Vaccination in Burma 1900-1911 - 1900-1911
Year: 1900
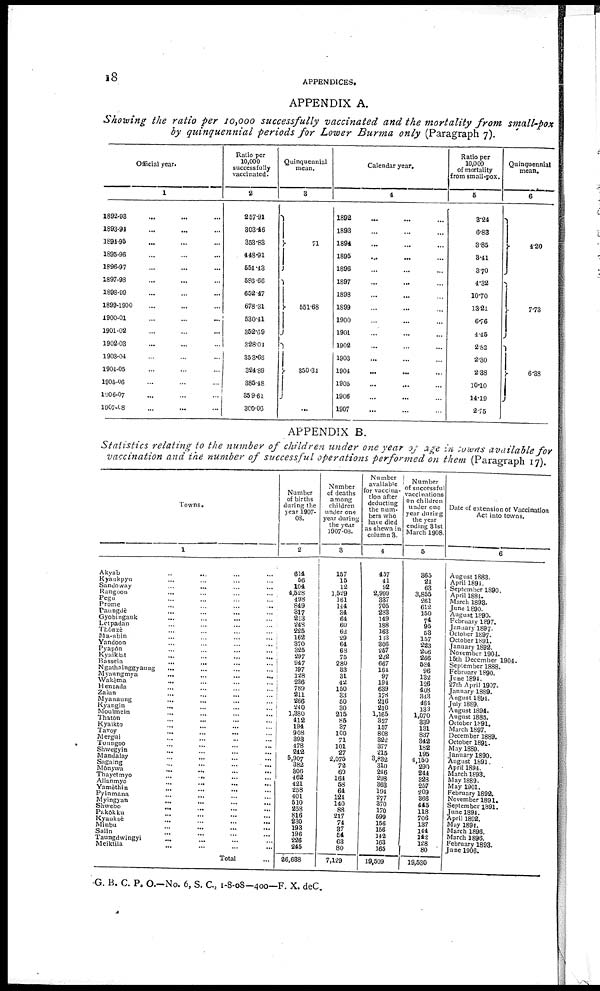
18
APPENDICES.
APPENDIX A.
Showing the ratio per 10,000 successfully vaccinated and the mortality from small-pox
by quinquennial periods for Lower Burma only (Paragraph 7).
Official year.
1
1892-08 ... ... ...
1893-91 ... ... ...
1894-95 ... ... ...
1895-96 ... ... ...
1896-97 ... ... ...
1897-98 ... ... ...
1898-09 ... ... ...
1899-1900 ... ... ...
1900-01 ... ... ...
1901-02 ... ... ...
1902-03 ... ... ...
1903-04 ... ... ...
1904-05 ... ... ...
1905-06 ... ... ...
1906-07 ... ... ...
1907-08 ... ... ...
Ratio per
10,000
successfully
vaccinated.
2
257.91
303.46
353.83
448.91
554.43
586.66
652.47
678.31
530.41
352.69
328.04
353.66
324.89
385.48
359.61
300.06
Quinquennial
mean.
3
71
551.68
350.34
...
Calendar year.
4
1892 ... ... ...
1893 ... ... ...
1894 ... ... ...
1895 ... ... ...
1896 ... ... ...
1897 ... ... ...
1898 ... ... ...
1899 ... ... ...
1900 ... ... ...
1901 ... ... ...
1902 ... ... ...
1903 ... ... ...
1904 ... ... ...
1905 ... ... ...
1906 ... ... ...
1907 ... ... ...
Ratio per
10,000
of mortality
from small-pox.
5
3.24
6.83
3.85
3.41
3.70
4.32
10.70
13.21
6.76
4.45
2.82
2.30
2.38
10.10
14.19
2.75
Quinquennial
mean.
6
4.20
7.73
6.38
APPENDIX B.
Statistics relating to the number of children under one year of age in towns available for
vaccination and the number of successful operations performed on them (Paragraph 17).
Towns.
1
Akyab
..
... ... ...
Kyaukpyu ... ... ... ...
Sandoway ... ... ... ...
Rangoon ... ... ... ...
Pegu ... ... ... ...
Prome ... ... ... ...
Paungdè ... ... ... ...
Gyobingauk ... ... ... ...
Letpadan ... ... ... ...
Thônzè ... ... ... ...
Ma-ubin ... ... ...
Yandoon ... ... ... ...
Pyapôn ... ... ... ...
Kyaiklat ... ... ... ...
Bassein
...
... ... ...
Ngathainggyaung ... ... ... ...
Myaungmya
...
...
...
...
Wakèma ... ... ... ...
Henzada ... ... ... ...
Zaiun ... ... ... ...
Myanaung ... ... ... ...
Kyaugin ... ... ... ...
Moulmein ... ... ... ...
Thatôn ... ... ... ...
Kyaikto ... ... ... ...
Tavoy
...
...
... ...
Mergui ... ... ... ...
Toungoo ... ... ... ...
Shwegyin ... ... ... ...
Mandalay ... ... ... ...
Sagaing ... ... ... ...
Mônywa ... ... ... ...
Thayetmyo
...
... ... ...
Allanmyo ... ... ... ...
Yamèthin ... ... ... ...
Pyinmana ... ... ... ...
Myingyan ... ... ...
Shwebo
...
...
...
...
Pakôkku ... ... ... ...
Kyaukoè
...
...
...
...
Minbu ... ... ... ...
Salin ... ... ... ...
Taungdwingyi ... ... ... ...
Meiktila ... ... ... ...
Total ...
Number
of births
during the
year 1907-
08.
2
614
56
104
4,528
498
849
317
213
248
225
162
370
325
297
947
197
128
236
789
211
266
240
1,380
412
194
908
393
478
242
5,907
382
306
462
421
258
401
510
258
816
230
193
196
226
245
26,638
Number
of deaths
among
children
under one
year during
the year
1907-08.
3
157
15
12
1,529
161
144
34
64
60
62
29
64
68
75
280
33
31
42
150
33
50
30
215
85
37
100
71
101
27
2,075
72
60
164
58
64
124
140
88
217
74
37
54
63
80
7,129
Number
available
for vaccina-
tion after
deducting
the num-
bers who
have died
as shewn in
column 3.
4
457
41
92
2,909
337
705
283
149
188
163
133
306
257
222
667
164
97
194
689
178
216
210
1,165
327
157
808
322
377
215
3,832
310
246
298
363
194
277
370
170
599
156
156
142
163
165
19,509
Number
of successful
vaccinations
On children
under one
year during
the year
ending 31st
March 1908.
5
365
21
63
3,855
261
612
150
74
95
53
157
223
206
266
584
96
132
126
408
343
464
133
1,070
339
131
837
342
182
195
4,150
290
244
328
257
209
366
445
118
706
137
144
142
128
80
19,530
Date of extension of Vaccination
Act into towns.
6
August 1883.
April 1894.
September 1890.
April 1884.
March 1893.
June 1890.
August 1890.
February 1897.
January 1897.
October 1897.
October 1891.
January 1892.
November 1904.
15th December 1904.
September 1888.
February 1890.
June 1894.
27th April 1907.
January 1889.
August 1894.
July 1889.
August 1894.
August 1885.
October 1891.
March 1897.
December 1889.
October 1891.
May 1889.
January 1890.
August 1891.
April 1894.
March 1898.
May 1889.
May 1901.
February 1892.
November 1891.
September 1891.
June 1894.
April 1892.
May 1894.
March 1896.
March 1896.
February 1893
June 1906.
G. B. C. P. O.—No. 6, S. C., 1-8-08—400—F. X. deC.